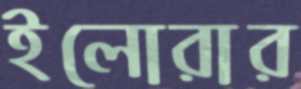
ইলোরার